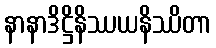
နာနာဒိဋ္ဌိနိဿယနိဿိတာ